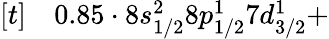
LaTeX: \begin{array}{rl}{[t]}&{{}0.85\cdot 8s_{1/2}^{2}8p_{1/2}^{1}7d_{3/2}^{1}+}\end{array}